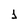
Character: 1